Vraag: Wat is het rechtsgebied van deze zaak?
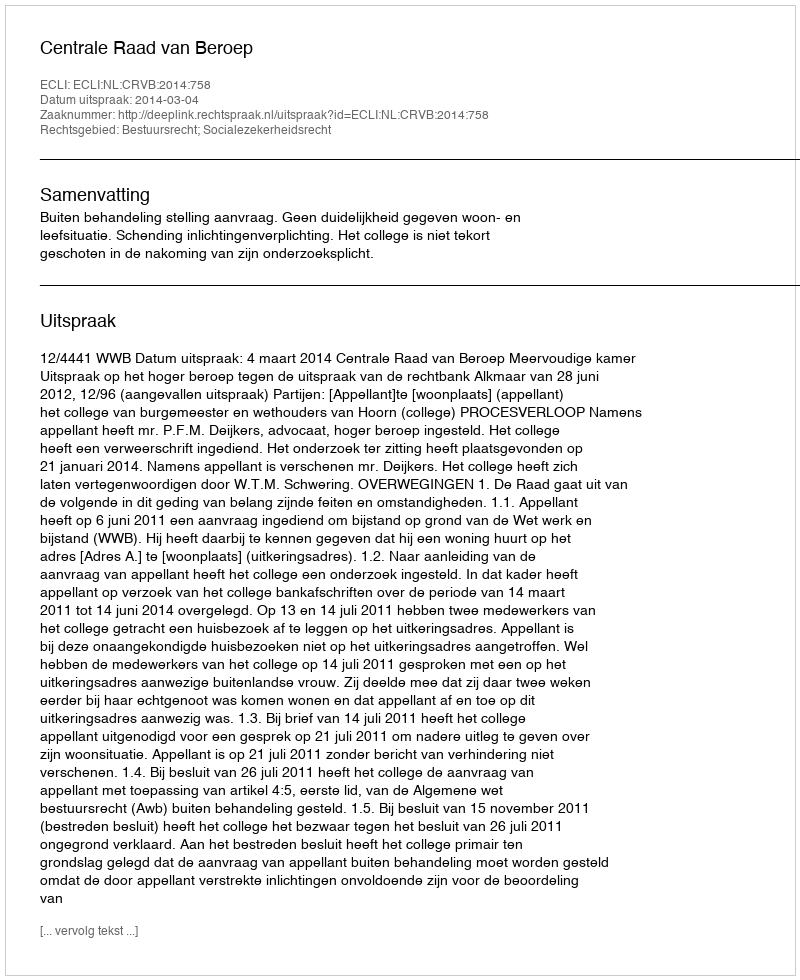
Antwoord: Bestuursrecht; Socialezekerheidsrecht